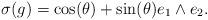
LaTeX: \begin{align*}\sigma(g)=\cos(\theta)+\sin(\theta) e_1\wedge e_2.\end{align*}